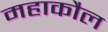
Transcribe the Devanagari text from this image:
महाकौल